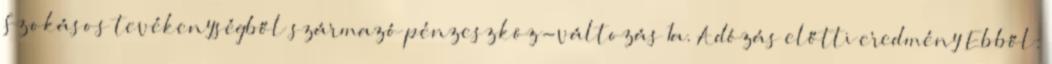
Szokásos tevékenységből származó pénzeszköz-változás 1a. Adózás előtti eredmény Ebből: